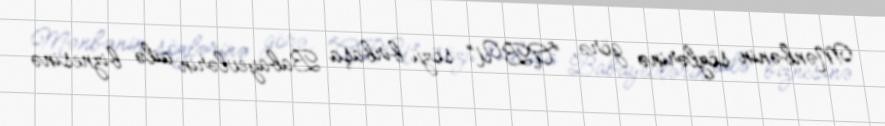
Mənbənin sözlərinə görə, “ABU” sözü birbaşa Babayevlərin ailə biznesinə